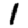
Digit: 1